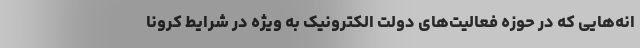
انه‌هایی که در حوزه فعالیت‌های دولت الکترونیک به ویژه در شرایط کرونا